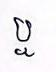
ឬ